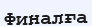
Финалға